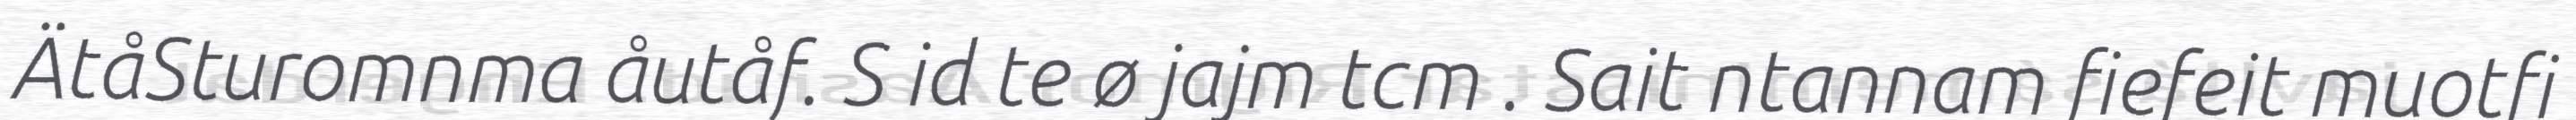
ÄtåSturomnma åutåf. S id te ø jajm tcm . Sait ntannam fiefeit muotfi